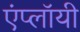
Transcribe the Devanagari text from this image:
एंप्लॉयी